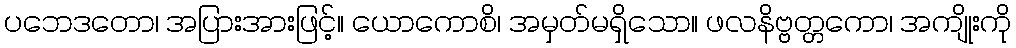
ပဘေဒတော၊ အပြားအားဖြင့်။ ယောကောစိ၊ အမှတ်မရှိသော။ ဖလနိဗ္ဗတ္တကော၊ အကျိုးကို